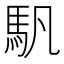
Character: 䭵